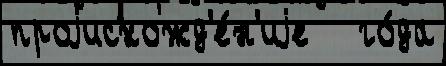
проjисхожд'е́н'иjе   го́да